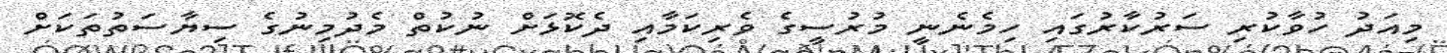
މިއަދު ހުވާކުރި ސަރުކާރުގައި ހިމެނެނީ މުރުސީގެ ވެރިކަމާއި ދެކޮޅަށް ނުކުތް މެދުމިނުގެ ސިޔާސަތުތަކަށް